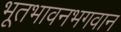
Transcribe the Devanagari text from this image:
भूतभावनभगवान